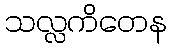
သလ္လကိတေန